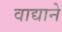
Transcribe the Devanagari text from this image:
वाद्याने